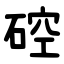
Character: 硿